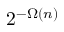
2 ^ { - \Omega ( n ) }